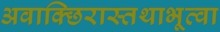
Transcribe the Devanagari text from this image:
अवाक्छिरास्तथाभूत्वा